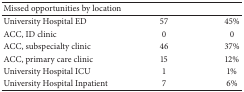
| <COLSPAN=2> Missed opportunities by location |  |
 | --- | --- | --- |
 | University Hospital ED | 57 | 45% |
 | ACC, ID clinic | 0 | 0 |
 | ACC, subspecialty clinic | 46 | 37% |
 | ACC, primary care clinic | 15 | 12% |
 | University Hospital ICU | 1 | 1% |
 | University Hospital Inpatient | 7 | 6% |